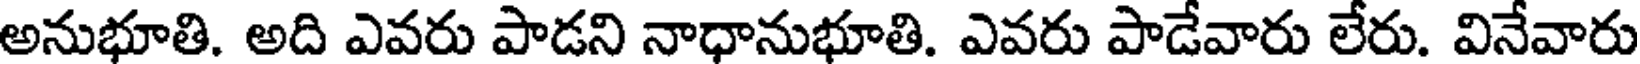
అనుభూతి. అది ఎవరు పాడని నాధానుభూతి. ఎవరు పాడేవారు లేరు. వినేవారు